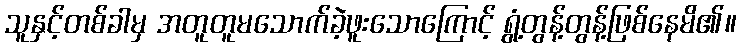
သူနှင့်တစ်ခါမှ အတူတူမသောက်ခဲ့ဖူးသောကြောင့် ရွံ့တွန့်တွန့်ဖြစ်နေမိ၏။